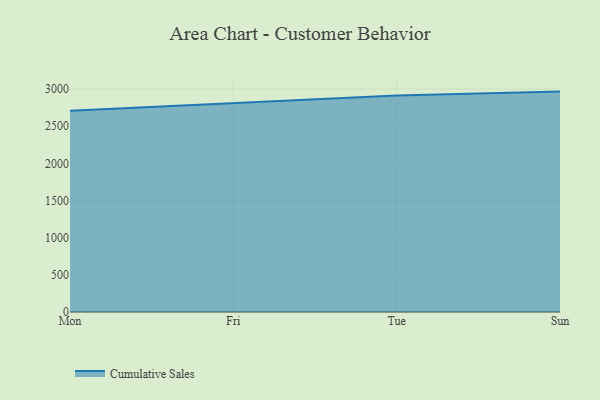
{"axis": {"x": "Day", "y": "Bounce Rate (%)"}, "legend": ["Cumulative Sales"], "data": [{"x": "Mon", "y": 2708.6, "type": "Cumulative Sales"}, {"x": "Fri", "y": 2813.0, "type": "Cumulative Sales"}, {"x": "Tue", "y": 2914.9, "type": "Cumulative Sales"}, {"x": "Sun", "y": 2966.3, "type": "Cumulative Sales"}]}